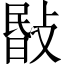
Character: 敯